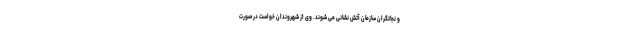
و نجاتگران سازمان آتش نشانی می شوند. وی از شهروندان خواست در صورت